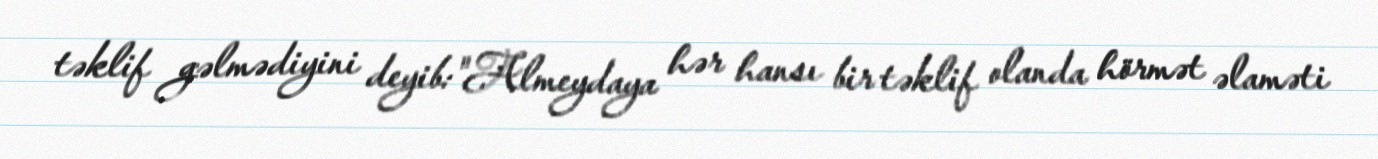
təklif gəlmədiyini deyib:"Almeydaya hər hansı bir təklif olanda hörmət əlaməti